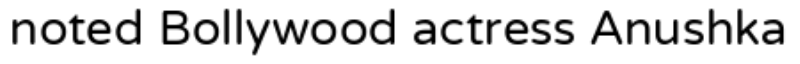
noted Bollywood actress Anushka